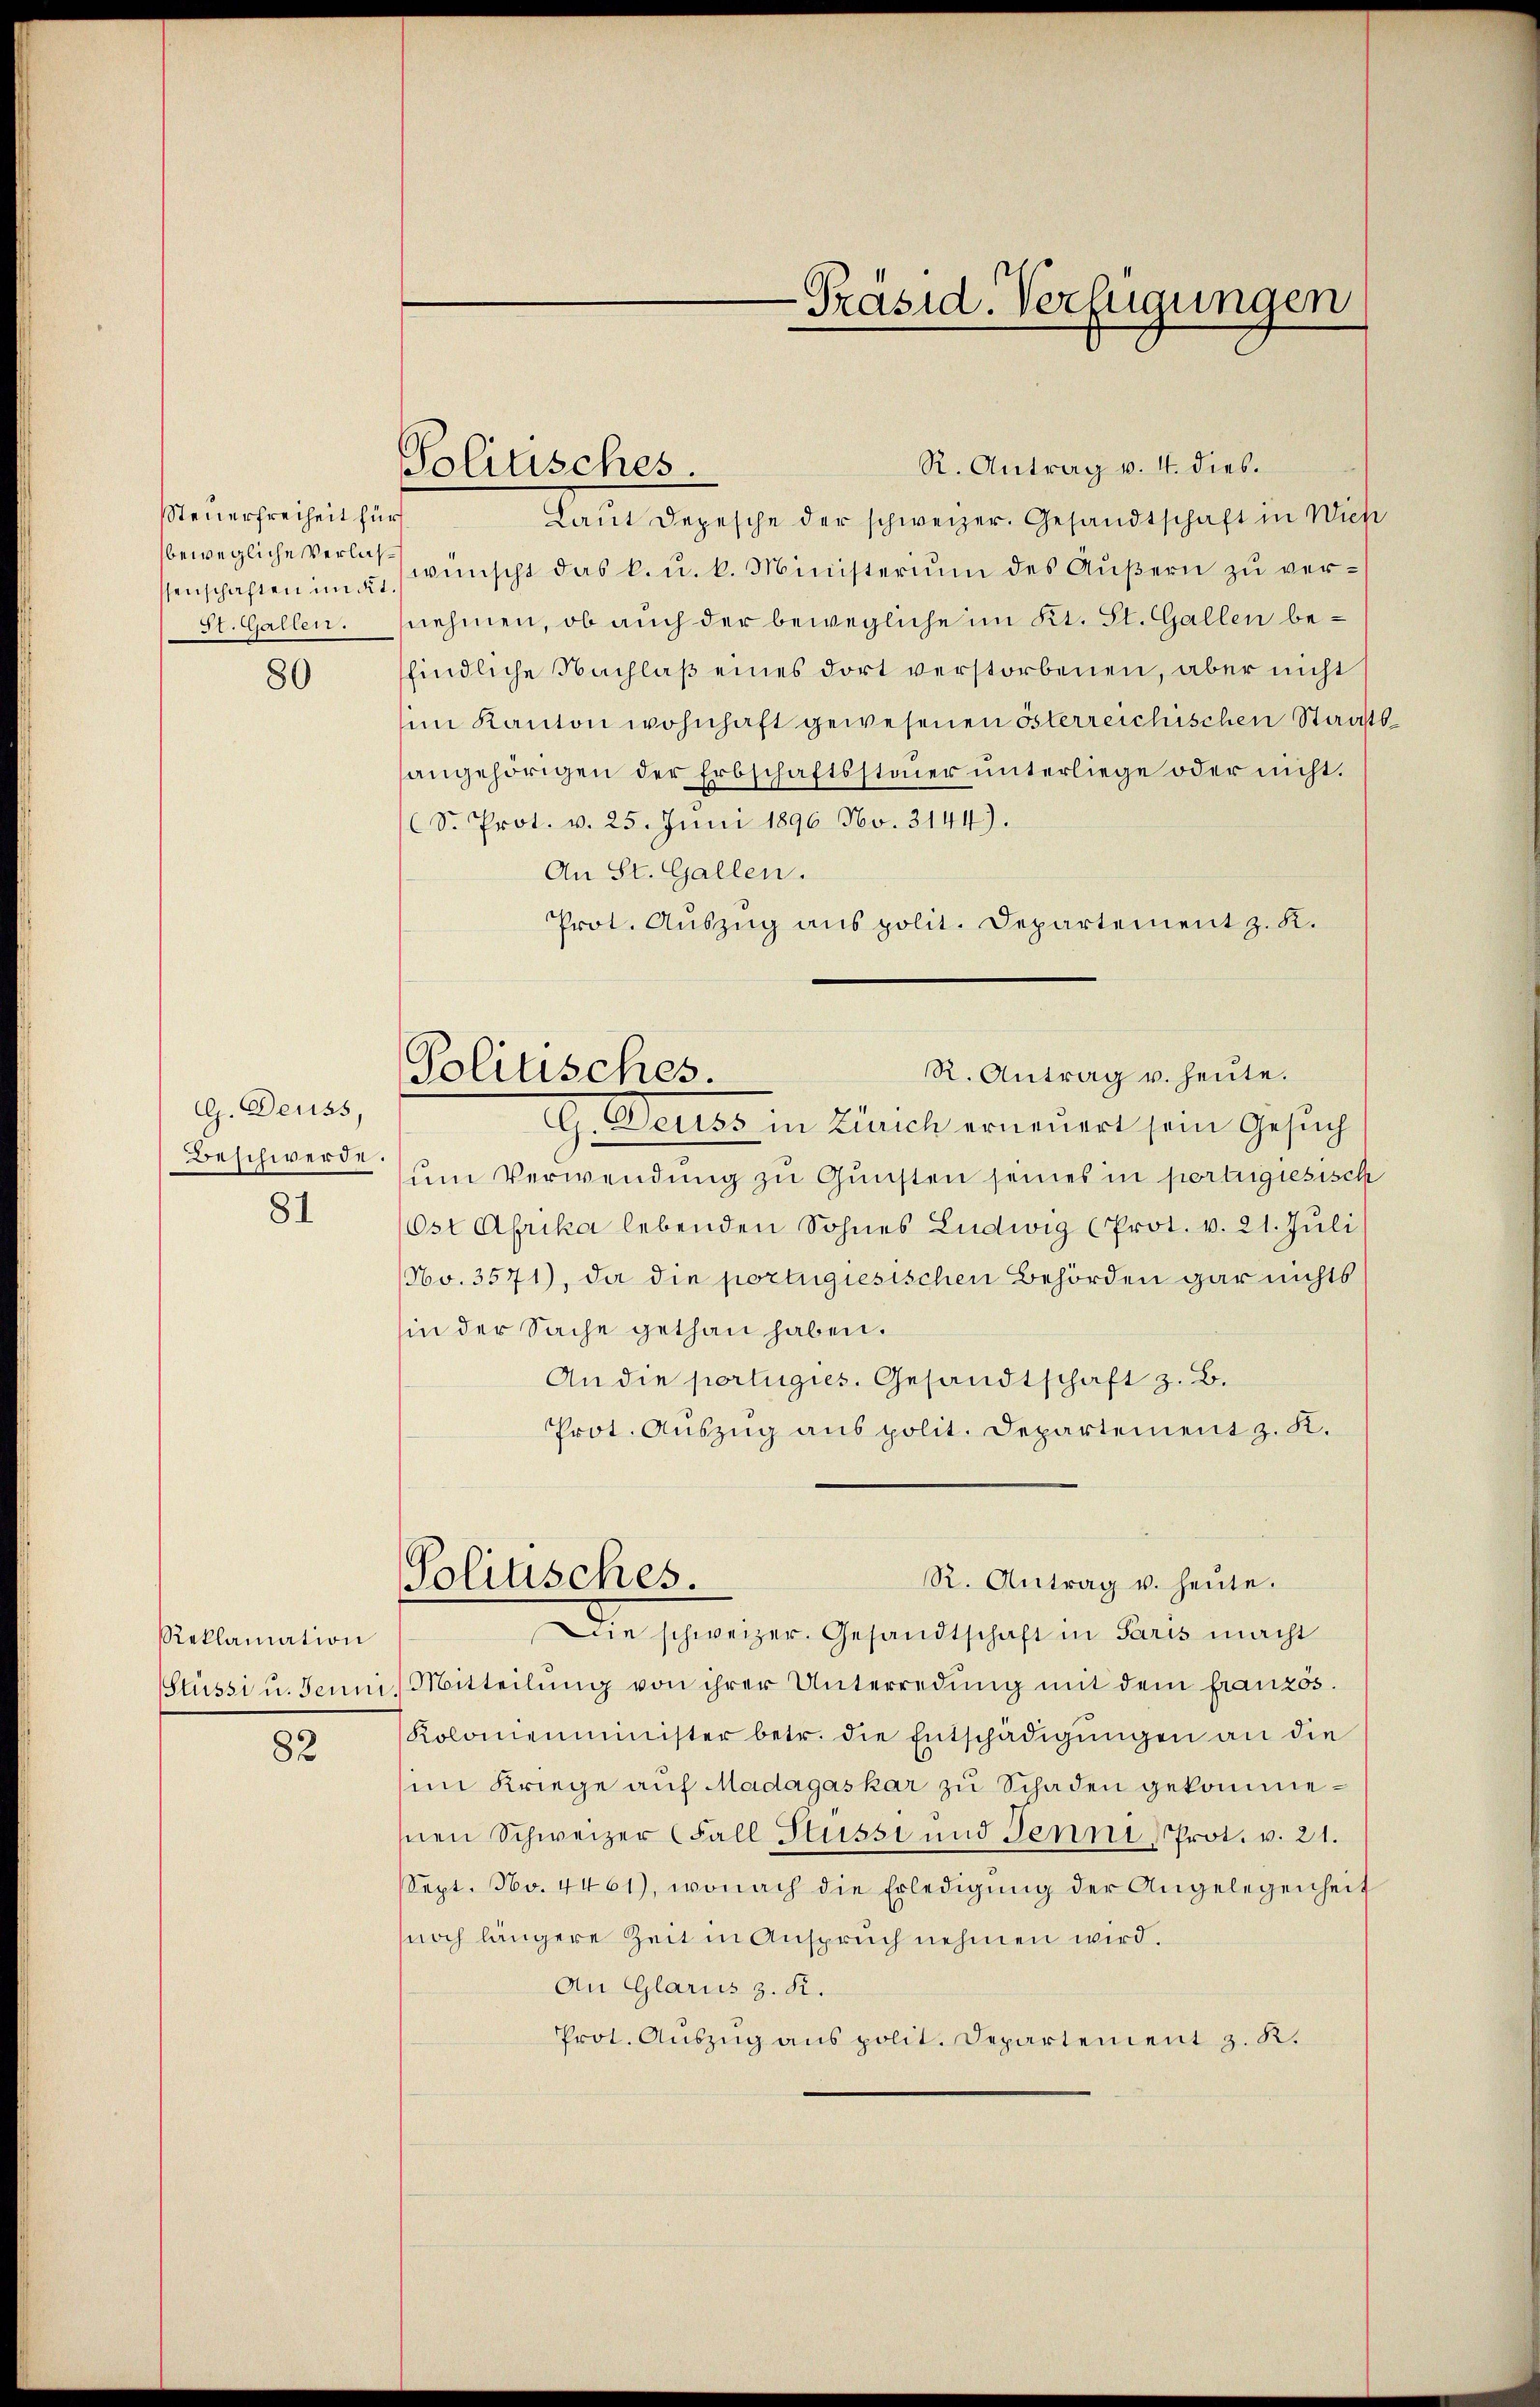
Steuerfreiheit für
bewegliche Verlasssenschaften in dit
St. Gallen.

80

G. Deuss,
Beschwerde.
81

Reklamation
Stüssi u. Jenni

82

Politisches.

Politisches.

-Präsid. Verfügungen

R. Antrag v. 4. dies.
Laut Depesche der schweizer. Gesandtschaft in Wich
wünscht das k. u. k. Ministerium des Äußern zu vernehmen, ob auch der bewegliche im Kt. St. Gallen befindliche Nachlaß eines dort verstorbenen, aber nicht
im Kanton wohnhaft gewesenen österreichischen Staat
angehörigen der Erbschaftssteuer unterliege oder nicht.
S. Prot. v. 25. Juni 1896 No. 3144).
An St. Gallen.
Prot. Auszug aus polit. Departement z. K.
G. Deuss in Zürich erneuert sein Gesuch
um Verwendung zu Gunsten seines in portigiesisch
Ost Afrika lebenden Sohnes Ludwig (Prot. v. 21. Juli
No. 3571), da die portugiesischen Behörden gar nichts
sin der Sache gethan haben.
An die portugies. Gesandtschaft z. B.
Prot. Auszug aus polit. Departement z. K.
R. Antrag u. heute.
Politisches.
Die schweizer-Gesandtschaft in Paris macht
Mitteilŭng von ihrer Unterredung mit dem französ.
Kolonienminister betr. die Entschädigŭngen an die
im Kriege auf Madagaskar zu Schaden gekommesnen Schweizer (Fall-Hüssi und Jenni Prot. v. 21.
Sept. No. 4461), wonach die Erledigŭng der Angelegenheit
noch längere Zeit in Anspruch nehmen wird.
An Glarus z. R.
Prot. Aŭszŭg ans polit. Departement z. K.

R. Antrag u. heute.